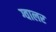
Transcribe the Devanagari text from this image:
ग्वालर